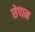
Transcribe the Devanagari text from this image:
सेपान